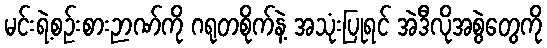
မင်းရဲ့စဉ်းစားဉာဏ်ကို ဂရုတစိုက်နဲ့ အသုံးပြုရင် အဲဒီလိုအစွဲတွေကို